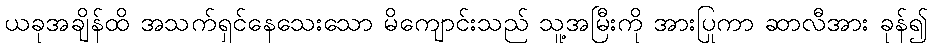
ယခုအချိန်ထိ အသက်ရှင်နေသေးသော မိကျောင်းသည် သူ့အမြီးကို အားပြုကာ ဆာလီအား ခုန်၍